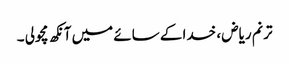
ترنم ریاض ، خدا کے سائے میں آنکھ مچولی ۔